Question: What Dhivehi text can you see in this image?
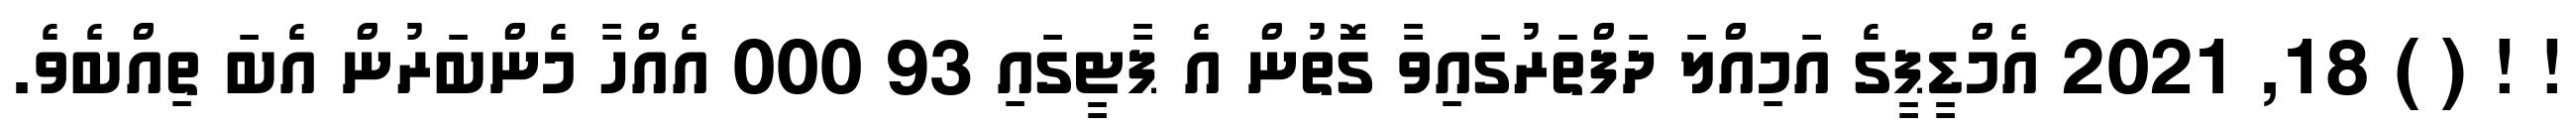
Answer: ! ! ( ) 18, 2021 އެމްޑީޕީގެ އަމިއްލަ ދަފްތަރުގައިވާ ގޮތުން އެ ޕާޓީގައި 93 000 އެއްހާ މެންބަރުން އެބަ ތިއްބެވެ.